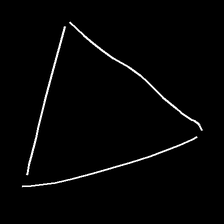
Glyph: convergence